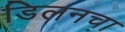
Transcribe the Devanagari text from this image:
डिलनचा